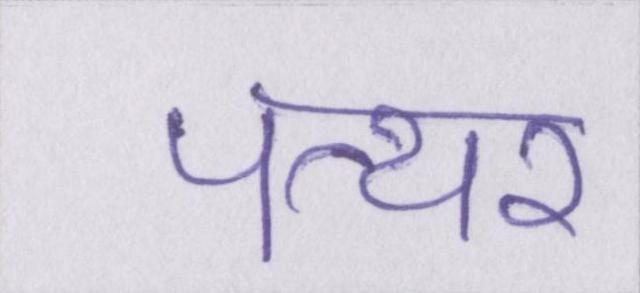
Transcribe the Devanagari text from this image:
पत्थर